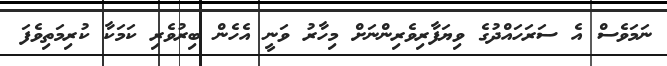
ނަމަވެސް އެ ސަރަހައްދުގެ ވިޔަފާރިވެރިންނަށް މިހާރު ވަނީ އެހެން ބިރުވެރި ކަމަކާ ކުރިމަތިވެފަ